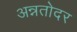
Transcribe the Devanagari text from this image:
अन्नतोदर